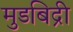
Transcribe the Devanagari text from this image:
मुडबिद्री